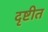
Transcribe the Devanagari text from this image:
दृष्टीत